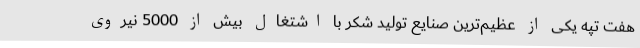
هفت تپه یکی از عظیم‌ترین صنایع تولید شکر با اشتغال بیش از 5000 نیروی